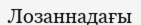
Лозаннадағы